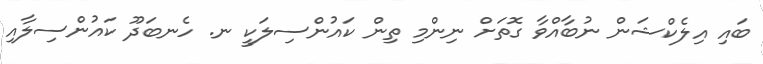
ބައި އިލެކްޝަން ނުބާއްވާ ގޮތަށް ނިންމި ތިން ކައުންސިލަކީ ނ. ހެނބަދޫ ކައުންސިލާއި